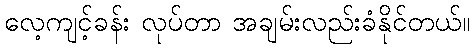
လေ့ကျင့်ခန်း လုပ်တာ အချမ်းလည်းခံနိုင်တယ်။